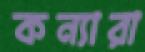
কন্যারা